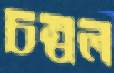
চম্বল